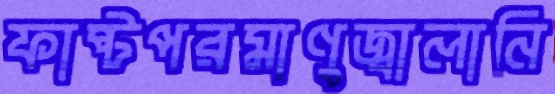
ফাষ্টপরমাণুজ্বালানি